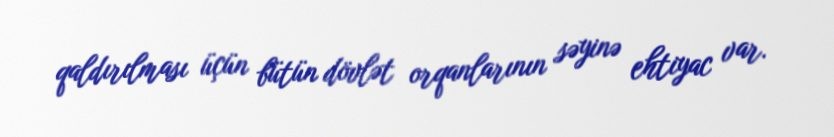
qaldırılması üçün bütün dövlət orqanlarının səyinə ehtiyac var.